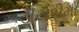
ડાયરીમા